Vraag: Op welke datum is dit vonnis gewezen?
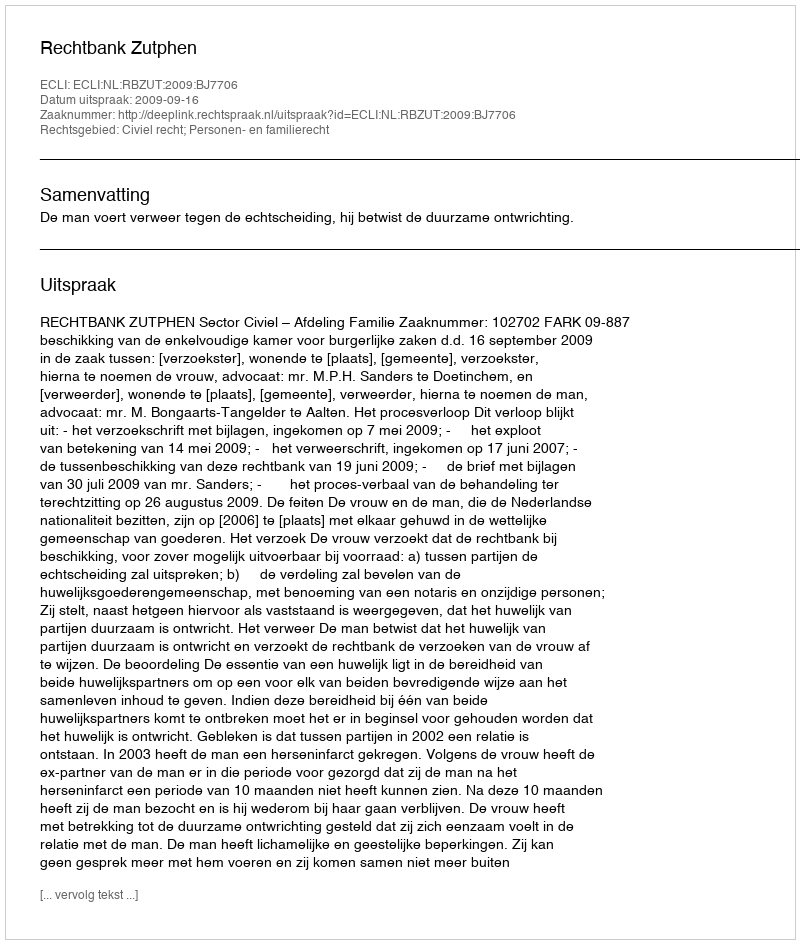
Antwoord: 2009-09-16